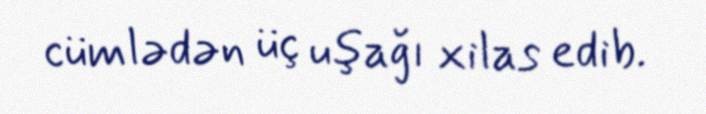
cümlədən üç uşağı xilas edib.